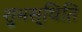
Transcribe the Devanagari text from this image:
शुभस्थिति